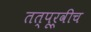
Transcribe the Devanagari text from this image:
तत्पूर्वीच